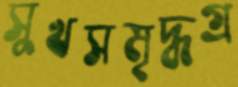
সুখসমৃদ্ধগ্র